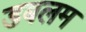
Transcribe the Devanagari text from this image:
डबलम